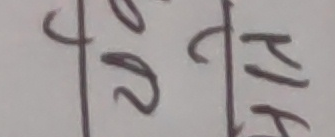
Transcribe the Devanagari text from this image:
२ रि म क